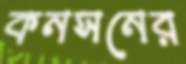
কনসনের